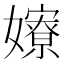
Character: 𡣲